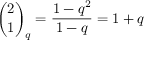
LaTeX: { \binom { 2 } { 1 } } _ { q } = { \frac { 1 - q ^ { 2 } } { 1 - q } } = 1 + q